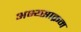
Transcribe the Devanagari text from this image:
अभ्य्साक्रम